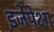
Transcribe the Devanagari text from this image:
इजेपेक्षा